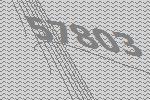
57803